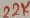
Text: 22K